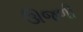
ઊજળી